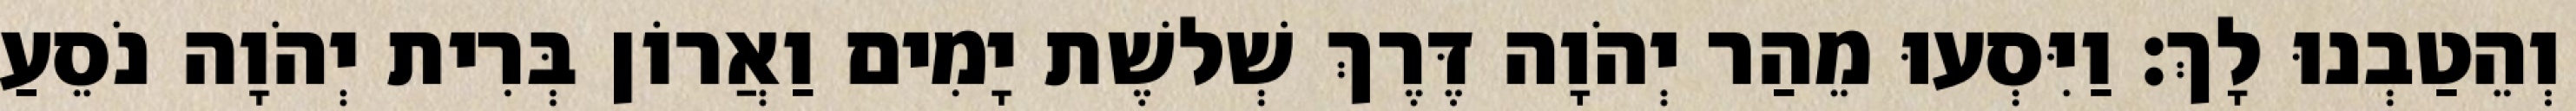
וְהֵטַבְנוּ לָךְ׃ וַיִּסְעוּ מֵהַר יְהֹוָה דֶּרֶךְ שְׁלשֶׁת יָמִים וַאֲרוֹן בְּרִית יְהֹוָה נֹסֵעַ